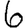
Digit: 6